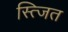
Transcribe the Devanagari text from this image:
स्त्जित